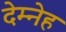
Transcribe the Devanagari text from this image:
देम्नेह